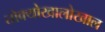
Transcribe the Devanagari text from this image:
तोक्योखालोखाल